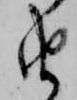
由